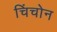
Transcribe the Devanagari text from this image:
चिंचोन